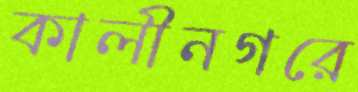
কালীনগরে